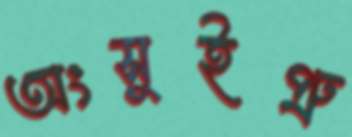
অংসুইপ্রু